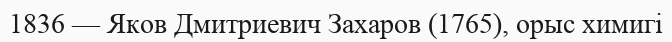
1836 — Яков Дмитриевич Захаров (1765), орыс химигі